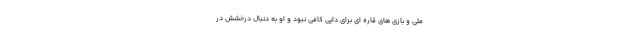
ملی و بازی های قاره ای برای دایی کافی نبود و او به دنبال درخشش در